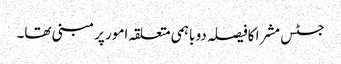
جسٹس مشرا کافیصلہ دو باہمی متعلقہ امور پر مبنی تھا۔